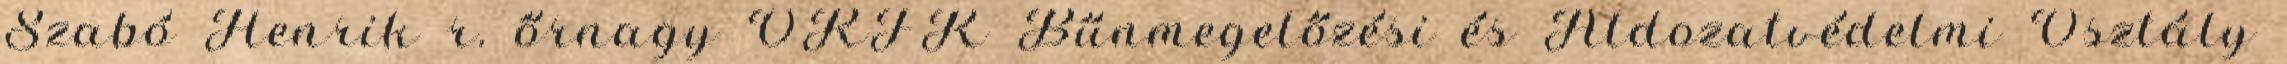
Szabó Henrik r. őrnagy ORFK Bűnmegelőzési és Áldozatvédelmi Osztály